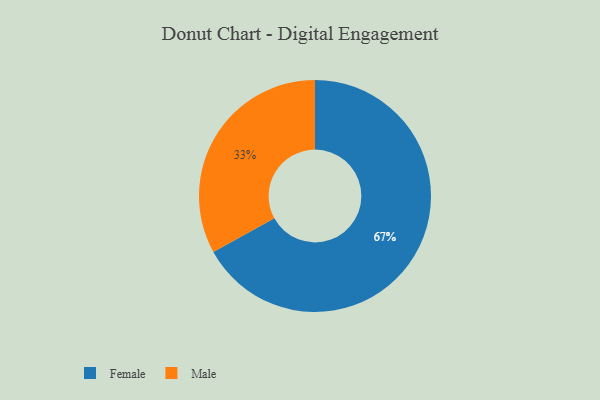
{"axis": {"x": "Category", "y": "Percentage"}, "legend": ["Female", "Male"], "data": [{"x": "Female", "y": 67, "type": "Female"}, {"x": "Male", "y": 33, "type": "Male"}]}